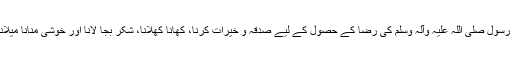
لیکن اس کے ساتھ ساتھ اﷲ اور رسول صلی اللہ علیہ وآلہ وسلم کی رضا کے حصول کے لیے صدقہ و خیرات کرنا، کھانا کھلانا، شکر بجا لانا اور خوشی منانا میلاد منانے کی مختلف صورتیں ہیں۔